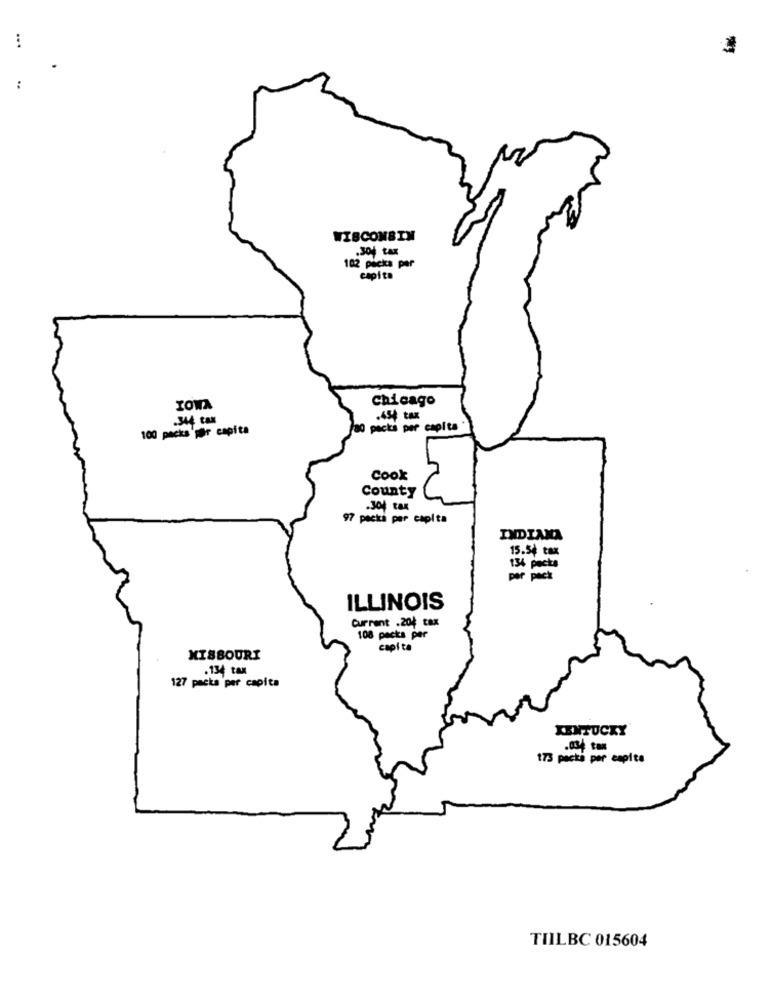
...
WISCONSIN
.304 tax
102 packs per
capita
Chicago
IOWA
.344 tax
.454 tax
100 packs per capita
80 packs per capita
Cook
County
.304 tax
97 packà per capita
DIDINO
15.54 tax
134 packs
per pack
ILLINOIS
Current .204 tax
108 packs per
capita
MISSOURI
.134 tax
127 packa per capita
KENTUCKY
173 packà per capita
TILBC 015604